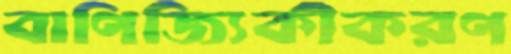
বাণিজ্যিকীকরণ